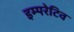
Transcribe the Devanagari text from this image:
इम्परेटिव